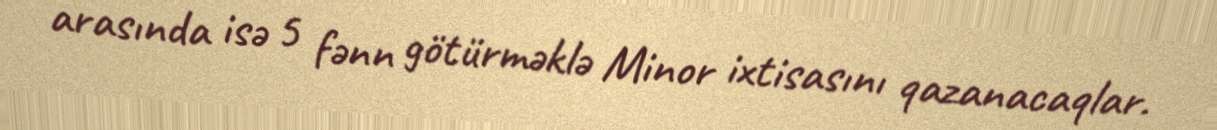
arasında isə 5 fənn götürməklə Minor ixtisasını qazanacaqlar.